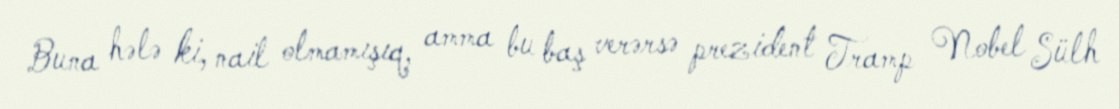
Buna hələ ki, nail olmamışıq, amma bu baş verərsə prezident Tramp Nobel Sülh